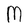
Character: M